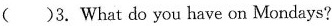
( )3.What do you have on Mondays?